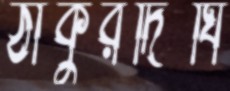
ঠাকুরদিঘি